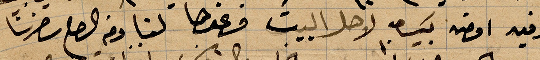
وفيه امضى بين لاهل البيت وعندها لنا ومن الصبح سافرنا